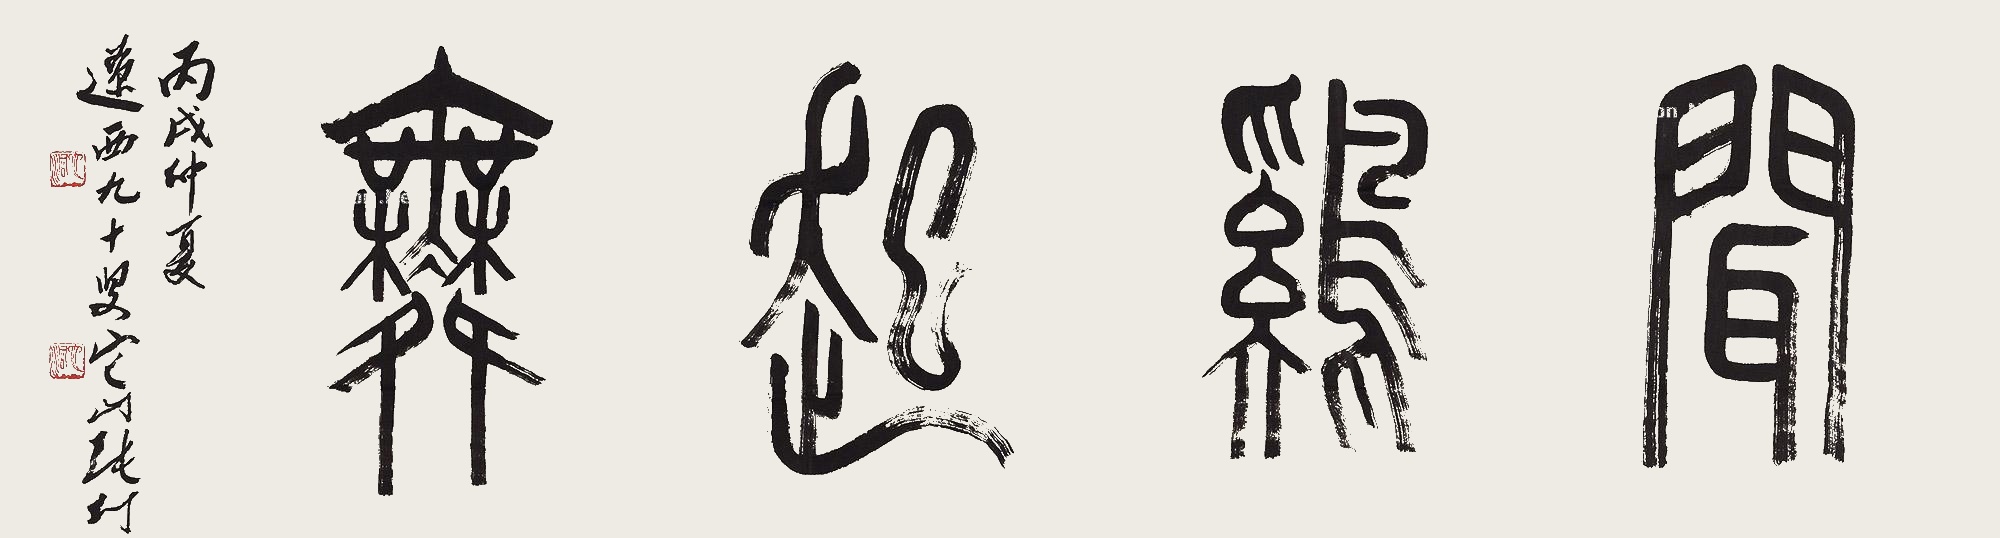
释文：闻鸡起舞丙戌仲夏，辽西九十叟它山张仃。